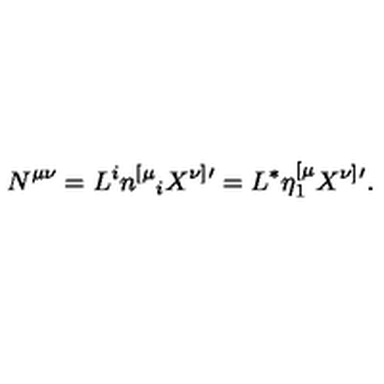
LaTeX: N ^ { \mu \nu } = L ^ { i } n ^ { [ \mu } { } _ { i } X ^ { \nu ] } { } ^ { \prime } = L ^ { * } \eta _ { 1 } ^ { [ \mu } X ^ { \nu ] } { } ^ { \prime } .